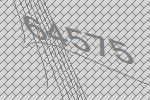
64575